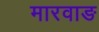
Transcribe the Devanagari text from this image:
मारवाङ